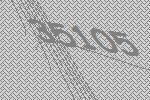
35105